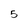
Character: 5